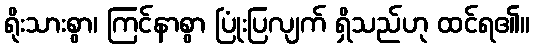
ရိုးသားစွာ၊ ကြင်နာစွာ ပြုံးပြလျက် ရှိသည်ဟု ထင်ရ၏။